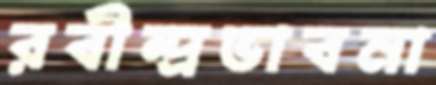
রবীন্দ্রভাবনা